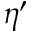
\eta ^ { \prime }